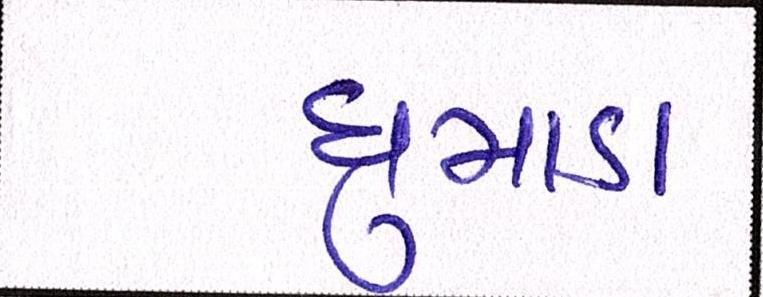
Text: ધુમાડા